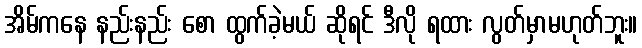
အိမ်ကနေ နည်းနည်း စော ထွက်ခဲ့မယ် ဆိုရင် ဒီလို ရထား လွတ်မှာမဟုတ်ဘူး။